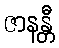
ဇာနန္တီ